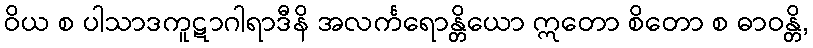
ဝိယ စ ပါသာဒကူဋာဂါရာဒီနိ အလင်္ကရောန္တိယော ဣတော စိတော စ ဓာဝန္တိ,